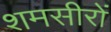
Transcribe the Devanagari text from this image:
शमसीरों